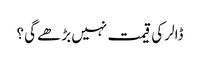
ڈالر کی قیمت نہیں بڑھے گی ؟